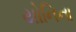
યોનિના